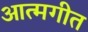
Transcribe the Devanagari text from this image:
आत्मगीत